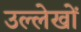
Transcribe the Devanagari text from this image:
उल्लेखाें